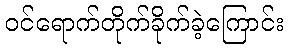
ဝင်ရောက်တိုက်ခိုက်ခဲ့ကြောင်း